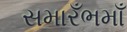
સમારઁભમાઁ